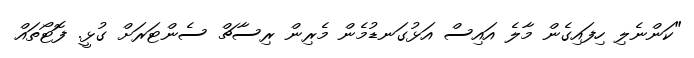
"ކަންނެލި ހިފައިގެން މާލެ އައިސް އަޅުގަނޑުމެން މެރިން ރިސާޗް ސެންޓަރަށް ގުޅީ. ފޮޓޯތައް